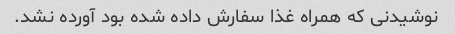
نوشیدنی که همراه غذا سفارش داده شده بود آورده نشد.